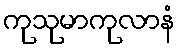
ကုသုမာကုလာနံ